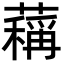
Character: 䕝